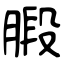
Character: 腶